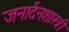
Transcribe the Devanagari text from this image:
जनार्दनशास्त्री